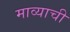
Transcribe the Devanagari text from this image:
माव्याची